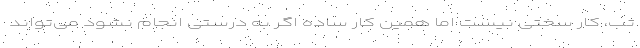
تب، کار سختی نیست اما همین کار ساده اگر به درستی انجام نشود می‌تواند